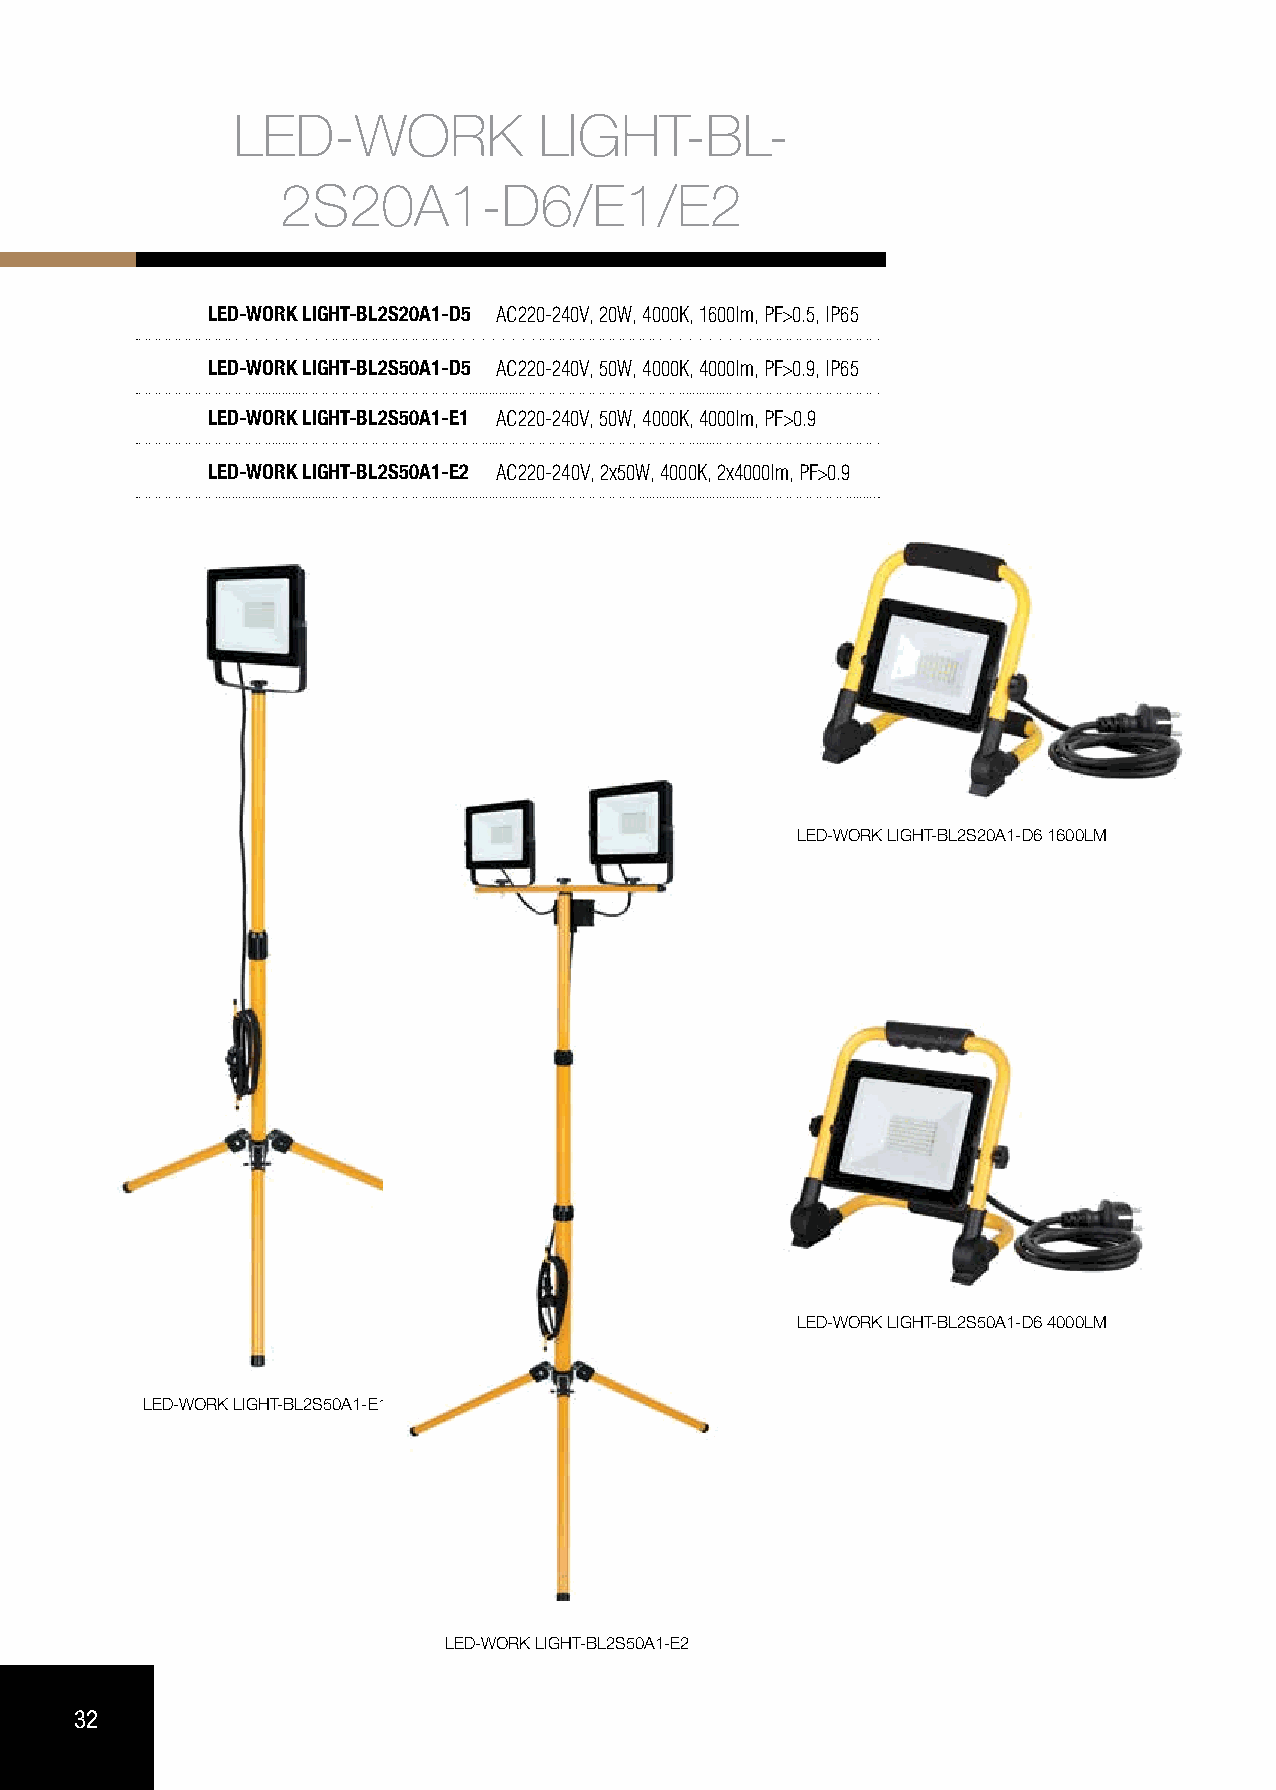
LED-WORK             LIGHT-BL-
 2S20A1-D6/E1/E2
 LED-WORK LIGHT-BL2S20A1-D5 AC220-240V, 20W, 4000K, 1600lm, PF>0.5, IP65
 LED-WORK LIGHT-BL2S50A1-D5 AC220-240V, 50W, 4000K, 4000lm, PF>0.9, IP65
 LED-WORK LIGHT-BL2S50A1-E1 AC220-240V, 50W, 4000K, 4000lm, PF>0.9
 LED-WORK LIGHT-BL2S50A1-E2 AC220-240V, 2x50W, 4000K, 2x4000lm, PF>0.9
 LED-WORK LIGHT-BL2S20A1-D6 1600LM
 LED-WORK LIGHT-BL2S50A1-D6 4000LM
 LED-WORK LIGHT-BL2S50A1-E1
 LED-WORK LIGHT-BL2S50A1-E2
 32